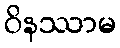
ဝိနဿာမ